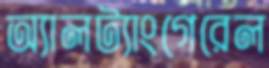
অ্যালট্যাংগেরেল